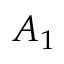
A _ { 1 }